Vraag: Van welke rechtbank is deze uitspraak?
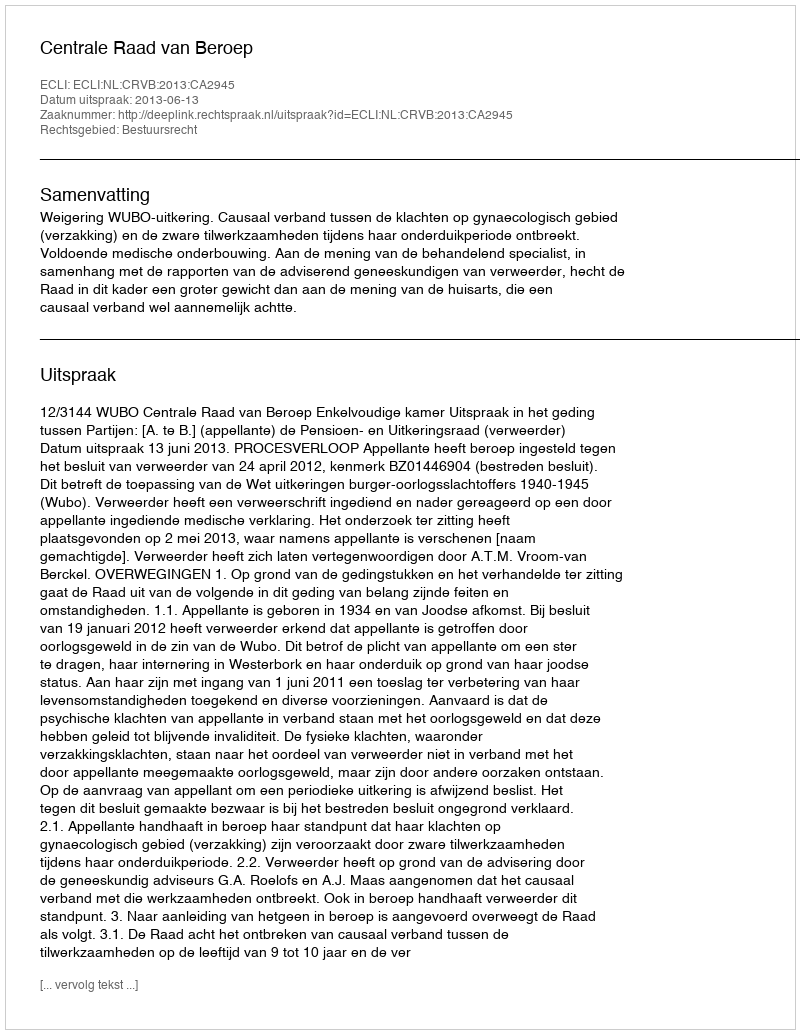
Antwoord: Centrale Raad van Beroep